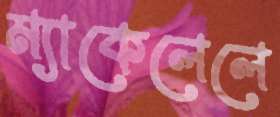
ম্যাকেলেলে